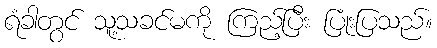
ရံခါတွင် သူ့သခင်မကို ကြည့်ပြီး ပြုံးပြသည်။